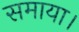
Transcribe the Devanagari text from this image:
समाया।